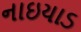
નાઇયાડ